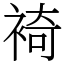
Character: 裿